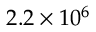
2 . 2 \times 1 0 ^ { 6 }